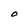
Character: O